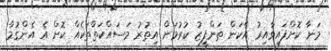
މަނާ ކޮށްފައިވާއިރު އެކަން ތަންފީޒު ކުރުމަށް އިތުރު މަސައްކަތްތަކެއް ކޮށް އެ އެންގުމާ